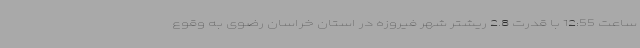
ساعت 12:55 با قدرت 2.8 ریشتر شهر فیروزه در استان خراسان رضوی به وقوع